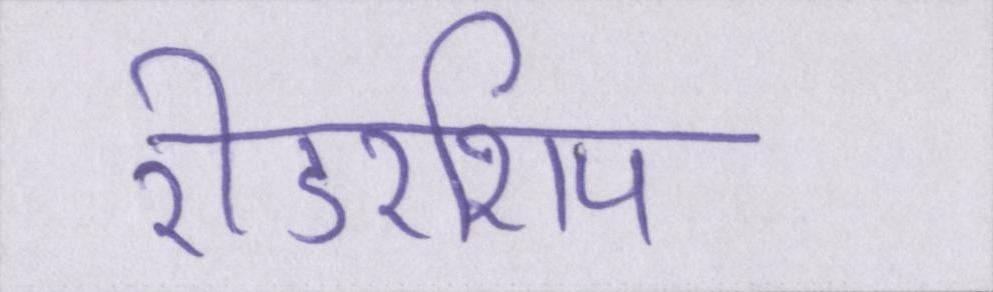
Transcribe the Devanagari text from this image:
रीडरशिप